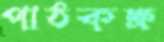
পাঠকক্ষ